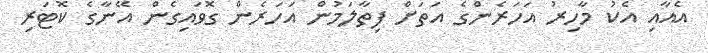
އެއާއި އެކު މާހިރު އަހަރެންގެ އަތަށް ފިތާލަމުން އަހަރެން ގޮވައިގެން އޭނާގެ ކޮޓަރި